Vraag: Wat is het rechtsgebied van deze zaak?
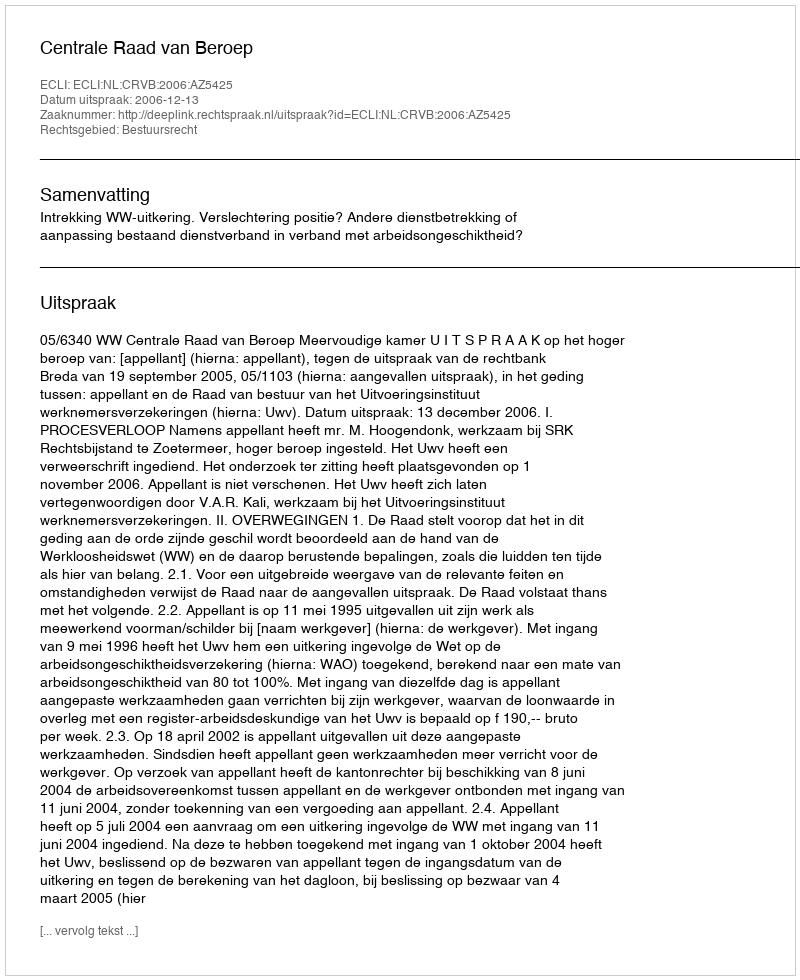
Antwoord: Bestuursrecht